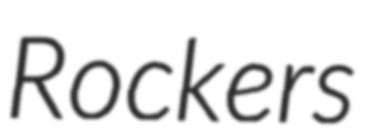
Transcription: Rockers